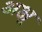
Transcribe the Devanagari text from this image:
अक्षू